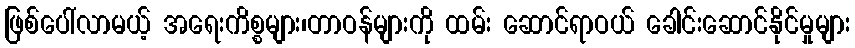
ဖြစ်ပေါ်လာမယ့် အရေးကိစ္စများ၊တာဝန်များကို ထမ်း ဆောင်ရာဝယ် ခေါင်းဆောင်နိုင်မှုများ